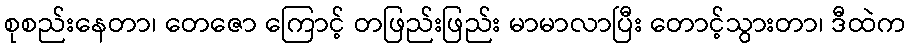
စုစည်းနေတာ၊ တေဇော ကြောင့် တဖြည်းဖြည်း မာမာလာပြီး တောင့်သွားတာ၊ ဒီထဲက